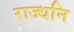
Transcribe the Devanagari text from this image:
राज्धनि